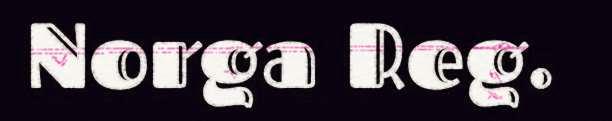
Norga Reg.